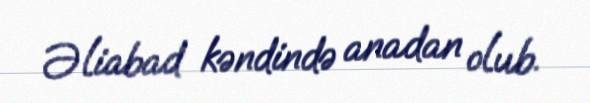
Əliabad kəndində anadan olub.